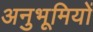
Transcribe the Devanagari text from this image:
अनुभूमियों